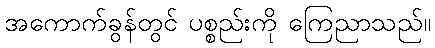
အကောက်ခွန်တွင် ပစ္စည်းကို ကြေညာသည်။